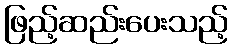
ဖြည့်ဆည်းပေးသည့်